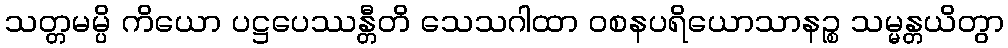
သတ္တမမ္ပိ ကိယော ပဋ္ဌပေဿန္တီတိ သေသဂါထာ ဝစနပရိယောသာနဉ္စ သမ္မန္တယိတွာ